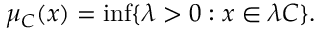
\mu _ { C } ( x ) = \operatorname* { i n f } \{ \lambda > 0 : x \in \lambda C \} .